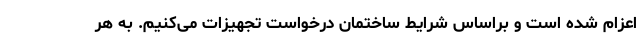
اعزام شده است و براساس شرایط ساختمان درخواست تجهیزات می‌کنیم. به هر